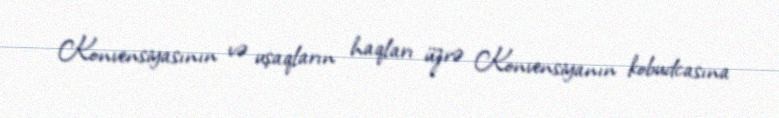
Konvensiyasının və uşaqların haqları üzrə Konvensiyanın kobudcasına